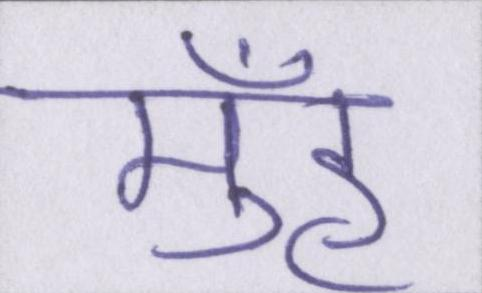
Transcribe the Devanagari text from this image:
मुँह